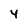
Character: 4